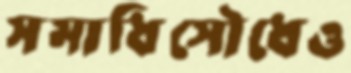
সমাধিসৌধেও